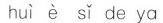
huì è sǐ de ya